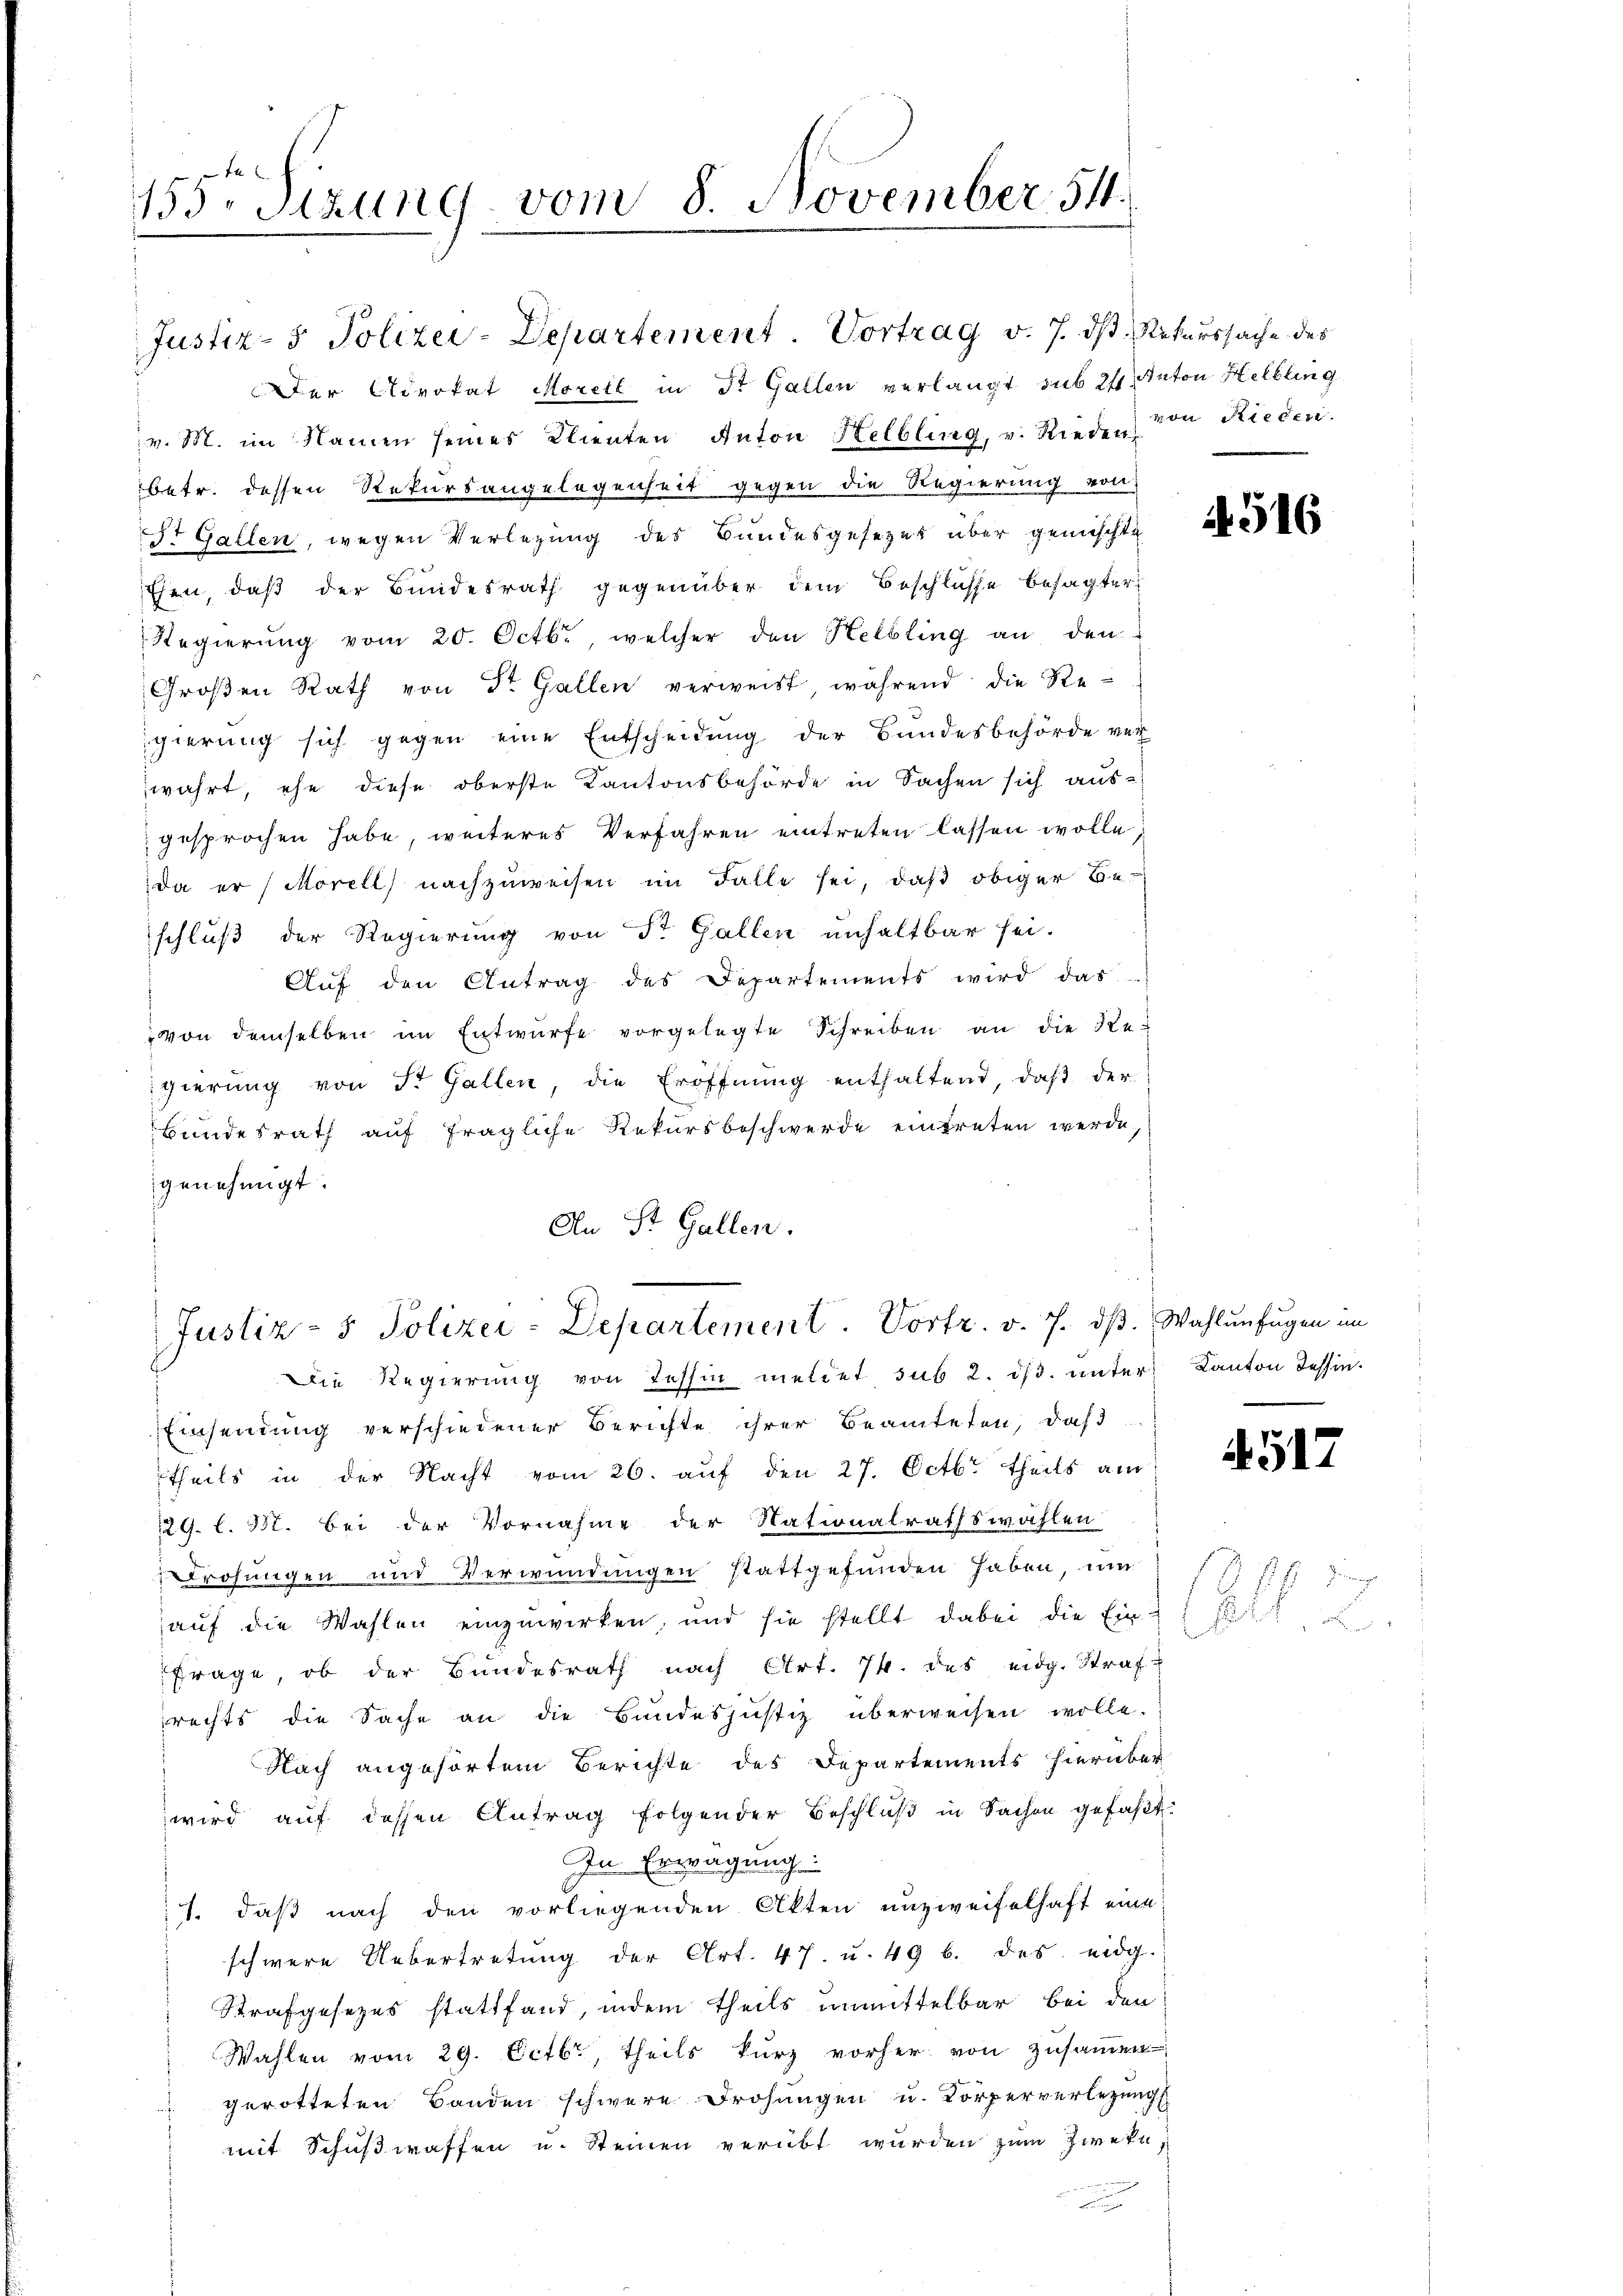
xx
155. Sizung vom 8. November 54.

Justiz- & Polizei-Departement. Vortrag v. 7. ds Rekurssache des
Der Advokat Morell in St. Gallen verlangt sub 24. Anton Helbling
v. M. im Namen seines Klienten Anton Helbling, v. Rieder von Rieden.
betr. dessen Rekursangelegenheit gegen die Regierung von
Sr Gallen, wegen Verlegung des Bundesgesezes über gemischte
Ehen, daß der Bundesrath gegenüber dem Beschlüsse besagter
Regierŭng vom 20. Octbr., welcher den Helbling an den
Großen Rath von Dr. Gallen verweist während die Regierung sich gegen eine Entscheidung der Bundesbehörde ver
wahrt, ehe diese oberste Kantonsbehörde in Sachen sich ausgesprochen habe, weiteres Verfahren eintreten lassen wolle;
da er (Morell nachzuweisen im Falle sei, daß obiger Beschluß der Regierung von St. Gallen unhaltbar sei.
Auf den Antrag des Departements wird das
von demselben im Entwürfe vorgelegte Schreiben an die Re-
gierung von St. Gallen, die Eröffnung enthaltend, daß der
Bundesrath auf fragliche Rekursbeschwerde eintreten werde,
genehmigt.
An St. Gallen.

Justiz- & Polizei-Departement. Vortr. v. 7. dβ. Wahlŭnfügen im

Die Regierung von Tessin meldet sub 2. dβ. unter Kanton Tessin.
Einsendung verschiedener Berichte ihrer Beamteten, daß
theils in der Nacht vom 26. auf den 27. Octbr. theils am
229. l. M. bei der Vornahme der Nationalrathswahlen
Drohungen und Verwundungen stattgefunden haben, um
auf die Wahlen einzuwirken, und sie stellt dabei die Ein-
Frage, ob der Bundesrath nach Art. 74. des eidg. Straf-
rechts die Sache an die Bŭndesjustiz überweisen wolle.
Nach angehörtem Berichte des Departements hierüber
wird auf dessen Antrag folgender Beschluß in Sachen gefaßt:
In Erwägung:
1. daß nach den vorliegenden Akten unzweifelhaft eine
schwere Uebertretŭng der Art. 47. u. 49 b. des eidg.
Strafgesezes stattfand, indem theils unmittelbar bei den
Wahlen vom 29. Octbr., theils kurz vorher von zusammen
 gerotteten Banden schwere Drohungen u. Körperverlegungs
mit Schußwaffen u. Steinen verübt wurden zum Zweke

4516

4517

n